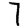
Digit: 7